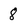
Character: 8